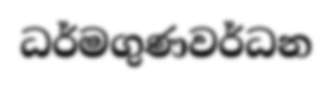
ධර්මගුණවර්ධන